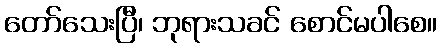
တော်သေးပြီ၊ ဘုရားသခင် စောင်မပါစေ။